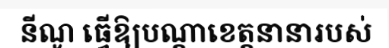
នីណូ ធ្វើឱ្យបណ្តាខេត្តនានារបស់